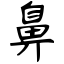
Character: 鼻